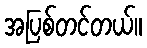
အပြစ်တင်တယ်။